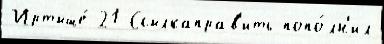
Иртыше́ 21 Ссылкаправ'ить попо́лн'ил